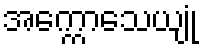
အက္ကောသေယျုံ